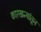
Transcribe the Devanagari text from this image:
कारखन्यांतून